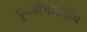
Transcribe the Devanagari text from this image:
पृथ्वीभोवतीच